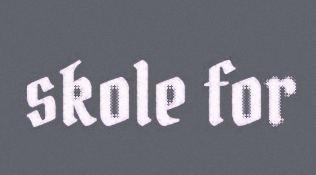
skole for